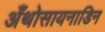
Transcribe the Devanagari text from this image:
अँथोसायनाडिन